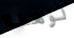
لوهلة